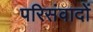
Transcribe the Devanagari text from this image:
परिसंवादों